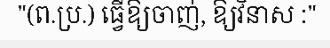
"(ព.ប្រ.) ធ្វើឱ្យចាញ់, ឱ្យវិនាស :"